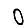
Digit: 0